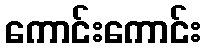
ကောင်းကောင်း